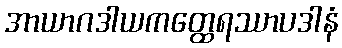
အာယာဂဒါယကတ္ထေရဿာပဒါနံ